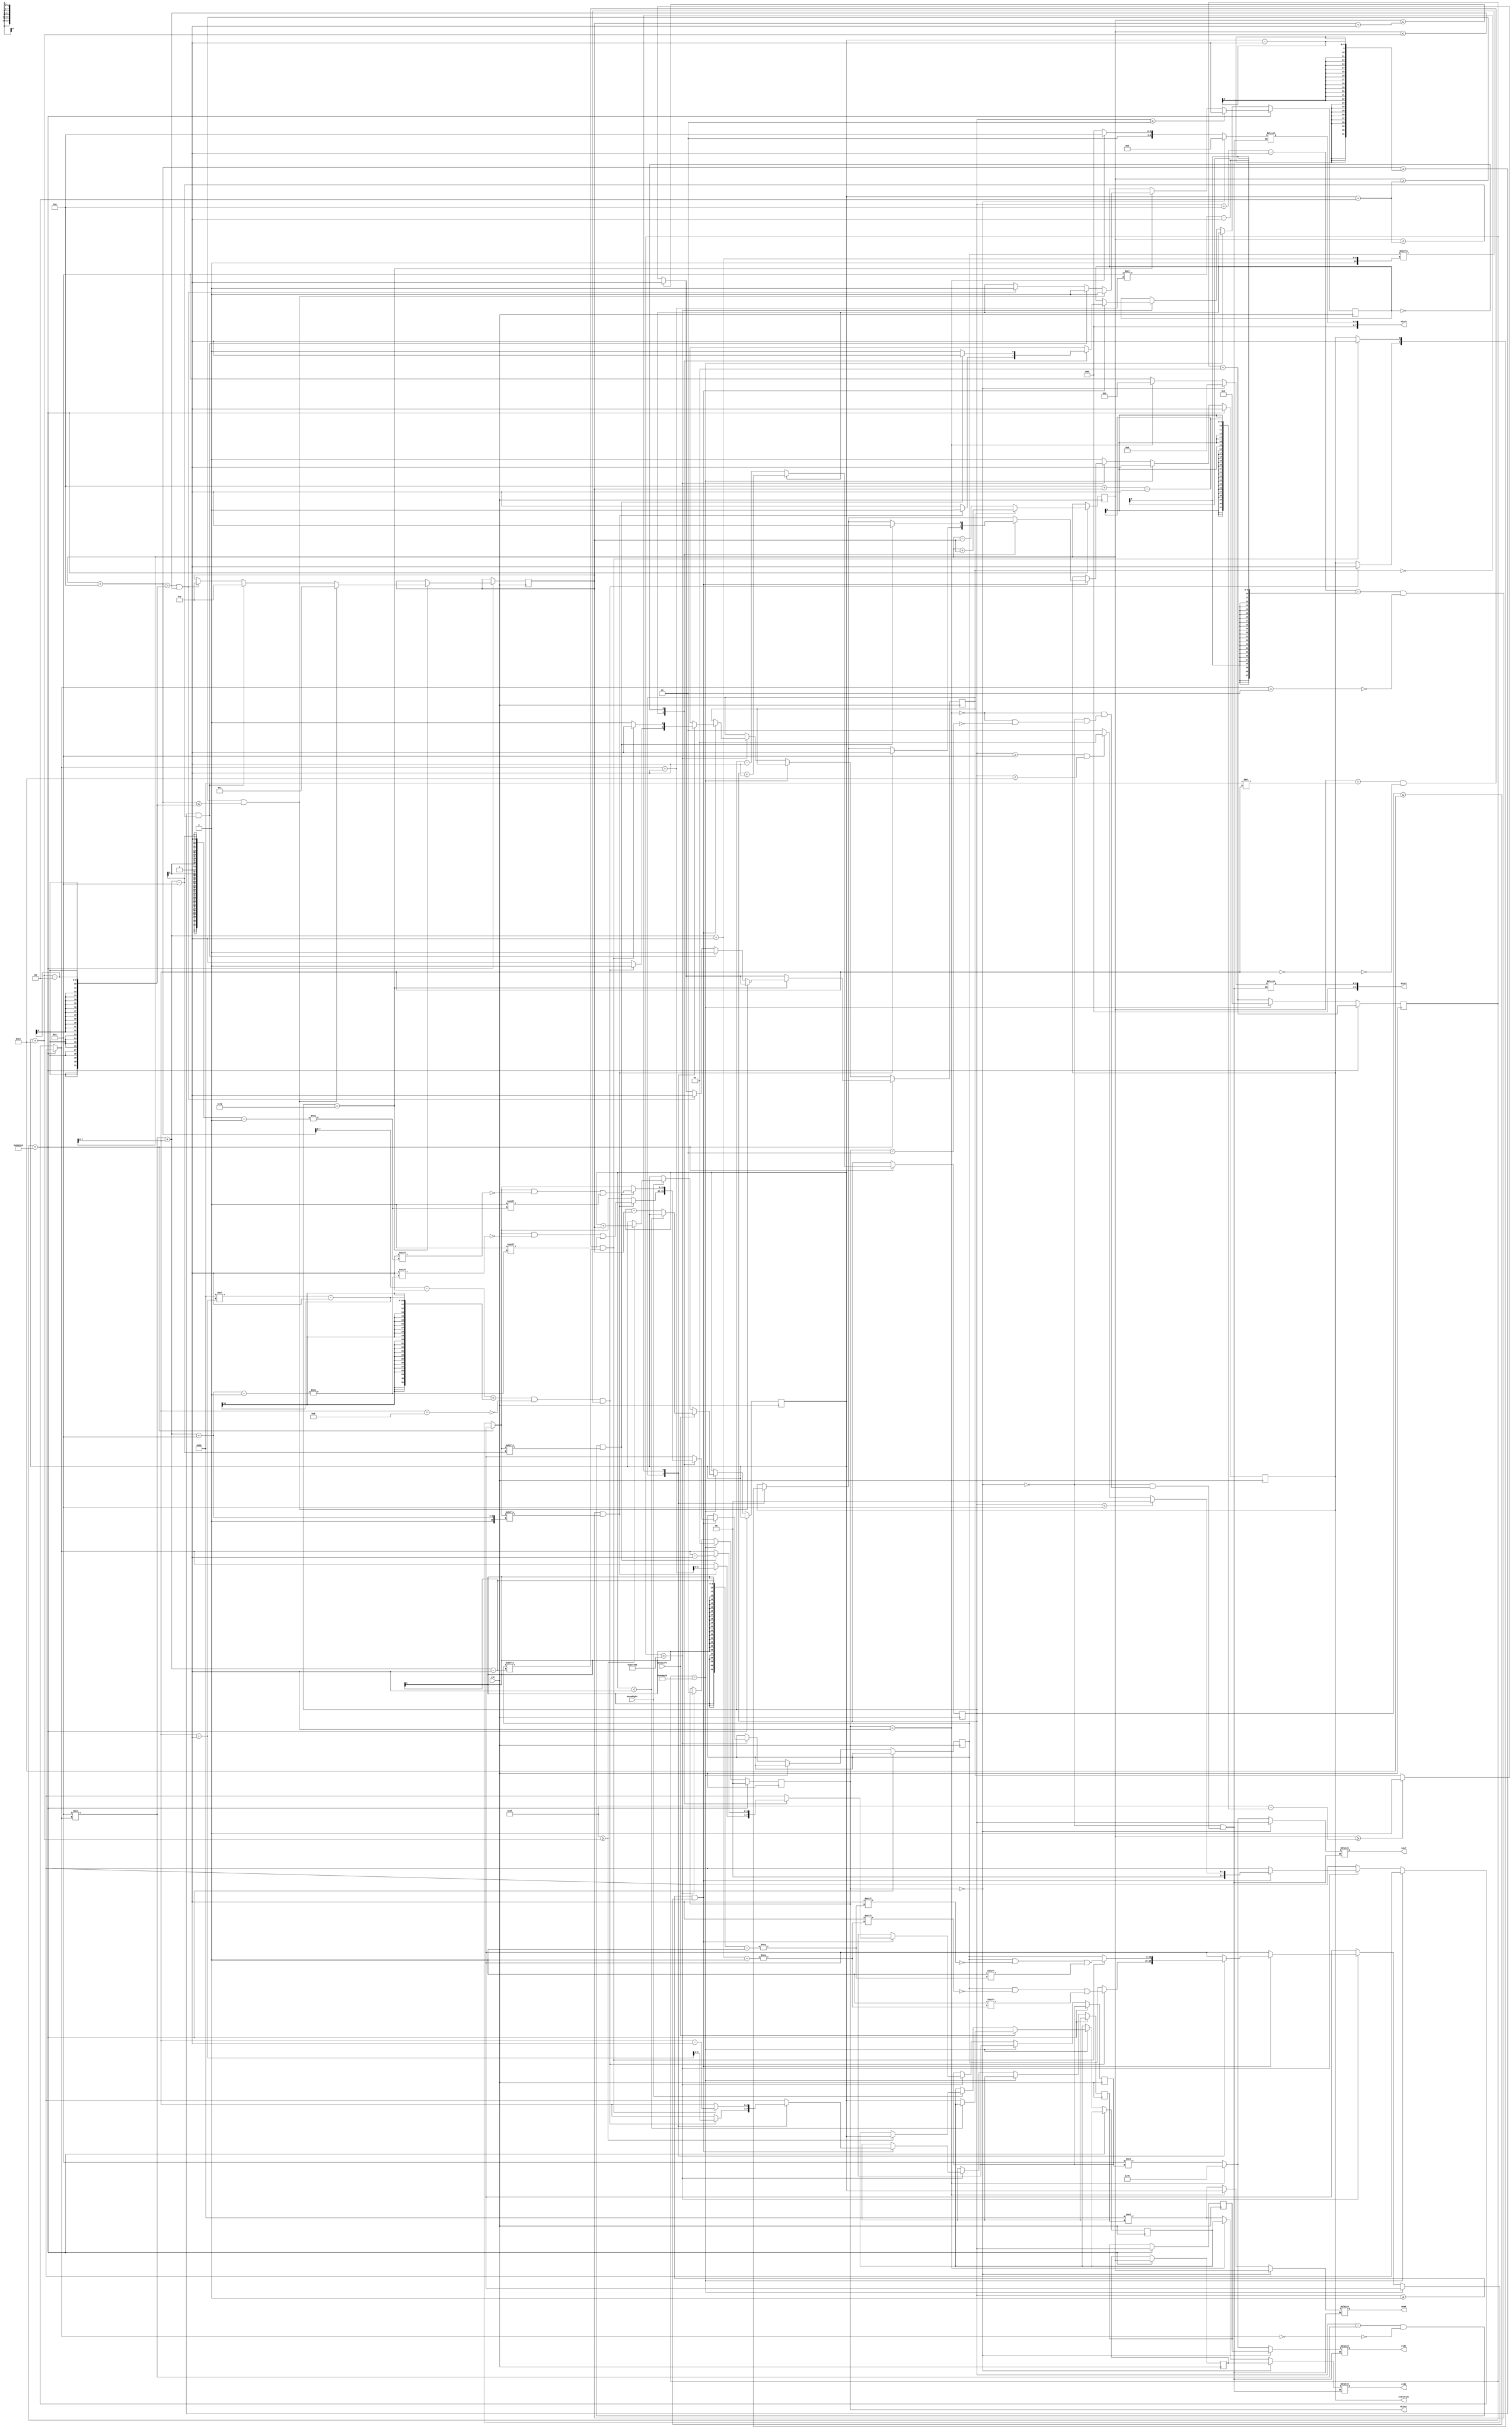
module gameLogic
	(
		moveLeft,
		moveRight,
		clk,
		newX,
		newY,
		oldX,
		oldY,
		sizeX,
		sizeY,
		startPlot,
		object
	);
	
	parameter ballCyclesToUpdate = 3000000;
	parameter paddleCyclesToUpdate = 4500000;
	parameter brickCyclesToUpdate = 1500000;
	parameter ball_Radius = 2;
	parameter boxesPerRow = 10;
	parameter maxX = 159;
	parameter maxY = 119;
	parameter paddleLength = 20;
	parameter paddleHeight = 1;
	parameter boxLength = 16;
	parameter boxHeight = 10;
	parameter ballObj = 2'b00;
	parameter paddleObj = 2'b01;
	parameter blockObj = 2'b10;
	parameter noObj = 2'b11;
	parameter numRows = 2;
	parameter paddleSpeedZone = 5;
	
//------------Input Ports--------------
	input clk;
	input moveLeft;
	input moveRight;
//----------Output Ports--------------
	
	output reg [7:0] newX = 'b0;
	output reg [6:0] newY = 'b0;
	output reg [7:0] oldX = 'b0;
	output reg [6:0] oldY = 'b0;
	output reg [7:0] sizeX = 'b0;
	output reg [6:0] sizeY = 'b0;
	output reg [1:0] object = 'b0;
	
	output reg startPlot;
//------------Internal Variables--------
	integer count = 0;
	reg [7:0] V_x = 8'b1; // Velocity x
	reg [6:0] V_y = 7'b1; // Velocity y
	reg RIGHT = 1'b1;
	reg DOWN = 1'b0;
	reg [7:0] newPosX = 8'b00110011; // Start x coordinate
	reg [6:0] newPosY = 7'b1110101; // Start y coordinate
	reg [7:0] oldPosX;
	reg [6:0] oldPosY;
	reg [7:0] newPosXCentre;
	reg [7:0] newPosXRight;
	reg [6:0] newPosYCentre;
	reg [6:0] newPosYBottom;
	reg [7:0] oldPaddleX;
	reg [7:0] paddleX = 'd100;
	reg [6:0] paddleY = 7'b1110101; // paddle Y location : 117
	
	reg [7:0]topLeft_X, topRight_X;
	reg [6:0]topLeft_Y, bottomLeft_Y;
	reg [3:0] blockCol, blockRow;
	reg [14:0] blockAddr;
	reg collision = 1'b0;
	
	reg [boxesPerRow*numRows-1:0] brickLayout = 'b11111111111111111111;
	
	/* Send proper values to mux */
	always @ (*) begin
		
		if (object == ballObj) begin
			 newX = newPosX;
			 newY = newPosY;
			 oldX = oldPosX;
			 oldY = oldPosY;
			 sizeX = 2 * ball_Radius;
			 sizeY = 2 * ball_Radius;
		end else if (object == paddleObj) begin
			 newX = paddleX;
			 newY = paddleY;
			 oldX = oldPaddleX;
			 oldY = paddleY;
			 sizeX = paddleLength;
			 sizeY = paddleHeight;
		end else if (object == blockObj) begin		
			//if box in in second row, then make necessary adjostments to x position (essentially boxLength * (boxToDelete % boxesPerRow)
			//if box is in second row, then boxToDelete >= boxesPerRow -- adjust y position
			//newX = boxLength * (boxToDelete - ((boxToDelete >= boxesPerRow) * boxesPerRow));
			//newY = boxHeight * (boxToDelete >= boxesPerRow);
			//oldX = boxLength * (boxToDelete - ((boxToDelete >= boxesPerRow) * boxesPerRow));
			//oldY = boxHeight * (boxToDelete >= boxesPerRow);
			newX = boxLength * (blockCol);
			newY = boxHeight * (blockRow);
			oldX = boxLength * (blockCol);
			oldY = boxHeight * (blockRow);
			sizeX = boxLength;
			sizeY = boxHeight;
		end
	end

		//CLOCK
	always@(posedge clk) begin
	
		//IF WE CAN UPDATE BALL
		if(count == ballCyclesToUpdate) 
		begin
				object = ballObj;
				//count = 0;
				count = count + 1;
				if((newPosX) >= (maxX - (2*ball_Radius + V_x -1))) //collide with right wall
					RIGHT <= 1'b0;
				if((newPosX) <= V_x+1) //collide with left wall
					RIGHT <= 1'b1;
					
				if((newPosY) == (paddleY-1-(2*ball_Radius))) begin //collide with paddle
					if ( (newPosX >= paddleX + paddleSpeedZone) && ((newPosX + 2*ball_Radius) <= (paddleX + paddleLength-paddleSpeedZone))) 
					begin //touches paddle
						DOWN <= 1'b0;
						V_x <= 8'd1;
					end
					else if((newPosX + 2*ball_Radius) >= paddleX-1 && newPosX < (paddleX + paddleSpeedZone))
					begin
						DOWN <= 1'b0;
						RIGHT <= 1'b0;
						V_x <= 8'd2;
					end
					else if((newPosX + 2*ball_Radius) > (paddleX + paddleLength - paddleSpeedZone) && newPosX <= (paddleX + paddleLength))
					begin
						DOWN <= 1'b0;
						RIGHT <= 1'b1;
						V_x <= 8'd2;
					end
				end //end collide with bottom
				
				if((newPosY) <= V_y+1) //collide with top
					DOWN <= 1'b1;
				
				if(RIGHT) begin
					oldPosX <= newPosX;
					newPosX <= newPosX + V_x;
					newPosXCentre <= newPosX + V_x + ball_Radius;
					newPosXRight <= newPosX + V_x + 2 * ball_Radius;					
				end else begin
					oldPosX <= newPosX;
					newPosX <= newPosX - V_x;
					newPosXCentre <= newPosX - V_x + ball_Radius;
					newPosXRight <= newPosX - V_x + 2 * ball_Radius;
				end if(DOWN) begin
					oldPosY <= newPosY;
					newPosY <= newPosY + V_y;
					newPosYCentre <= newPosY + V_y + ball_Radius;
					newPosYBottom <= newPosY + V_y + 2 * ball_Radius;
				end else begin
					oldPosY <= newPosY;
					newPosY <= newPosY - V_y;
					newPosYCentre <= newPosY - V_y + ball_Radius;
					newPosYBottom <= newPosY - V_y + 2 * ball_Radius;
				end
				
				startPlot <= 1'b1;
			end
		
		else if (count == paddleCyclesToUpdate)
			begin
				count = 0;
				object = paddleObj;
				//oldPaddleX <= paddleX;
				//paddleX <= paddleX - 1'b1;
				//startPlot <= 1'b1;
				
				if (moveLeft) begin
					if (!(paddleX < 1)) begin
						oldPaddleX <= paddleX;
						paddleX <= paddleX - V_x;
						//startPlot <= 1'b1;
					end
				end else if (moveRight) begin 
					if ((maxX >= (paddleX + paddleLength) ) ) begin
						oldPaddleX <= paddleX;
						paddleX <= paddleX + V_x;
						//startPlot <= 1'b1;
					end
				end
				startPlot <= 1'b1;
				
			end
		else if (count == brickCyclesToUpdate)
			begin
				count = count + 1;
				object = blockObj;
				//Test Logic - stage 2
				topLeft_X = newPosX;
				topRight_X = newPosX + (2*ball_Radius) - 1;
				topLeft_Y = newPosY;
				bottomLeft_Y = newPosY + (2*ball_Radius) - 1;

				if((newPosY >= 7'd0 && newPosY <= 7'd20)) 
				begin
					blockCol = newPosX[7:4];
					if(newPosY < 7'd10)
					begin
						blockRow = 4'd0;
					end
					else if(newPosY >= 7'd10 && newPosY < 7'd20)
					begin
						blockRow = 4'd1;
						//blockAddr = (boxesPerRow * blockRow) + blockCol;
					end
					else
						blockRow = 4'd2;
						
					blockAddr = (boxesPerRow * blockRow) + blockCol;
					//#5
					//COLLISON WITH LEFT/RIGHT
					case(RIGHT)
						1'b1: begin
									//COMPARE RIGHT BLOCK
									if(topRight_X == (16*(blockCol+1)-1)  && ~(blockCol == 4'd9) && brickLayout[blockAddr+1] == 1'b1) // It is hitting the left edge of the next block
									begin
										//collision = 1'b1;
										RIGHT = 1'b0;
										blockCol = blockCol+1;
										brickLayout[blockAddr+1] = 1'b0;
										//blockAddr = (boxesPerRow * blockRow) + blockCol;
										startPlot <= 1'b1;
									end
								end
						1'b0: begin
									if(topLeft_X == 16*(blockCol) && ~(blockCol == 4'd0) && brickLayout[blockAddr-1] == 1'b1) // It is hitting the right edge of the next block
									begin
										//collision = 1'b1;
										RIGHT = 1'b1;
										blockCol = blockCol-1;
										brickLayout[blockAddr-1] = 1'b0;
										startPlot <= 1'b1;
									end
								end
					endcase
					//#10
					//COLLISON WITH UP/DOWN
					case(DOWN)
						1'b1: begin
									 if(bottomLeft_Y == (10*(blockRow+1)-1) && ~(blockRow == 4'd2) && brickLayout[blockAddr+boxesPerRow] == 1'b1) // It is hitting the top edge of the next block
									 begin
										 //collision = 1'b1;
										 DOWN = 1'b0;
										 blockRow = blockRow+1;
										 brickLayout[blockAddr+boxesPerRow] = 1'b0;
										 startPlot <= 1'b1;
									 end
								 end
						1'b0: begin
									 if(topLeft_Y == 10*(blockRow) && ~(blockRow == 4'd0) && brickLayout[blockAddr-boxesPerRow] == 1'b1) // It is hitting the bottom edge of the next block
									 begin
										 //collision = 1'b1;
										 DOWN = 1'b1;
										 blockRow = blockRow-1;
										 brickLayout[blockAddr-boxesPerRow] = 1'b0;
										 startPlot <= 1'b1;
									 end
								end
					endcase
					/*
					// Approaching from CORNERS 
					else if( (posX == (tempX - 1) || posX == (tempX + brickLength + 1)) && 
							(posY == (tempY - 1) || posY == (tempY + brickHeight + 1)) )
					begin
					
					end
					*/
				end
			end
		else 
			begin
				startPlot <= 1'b0;
				//object = 2'b00;
				count = count + 1;
			end
	end
	
endmodule